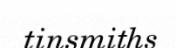
tinsmiths